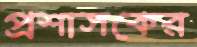
প্রশাসকের